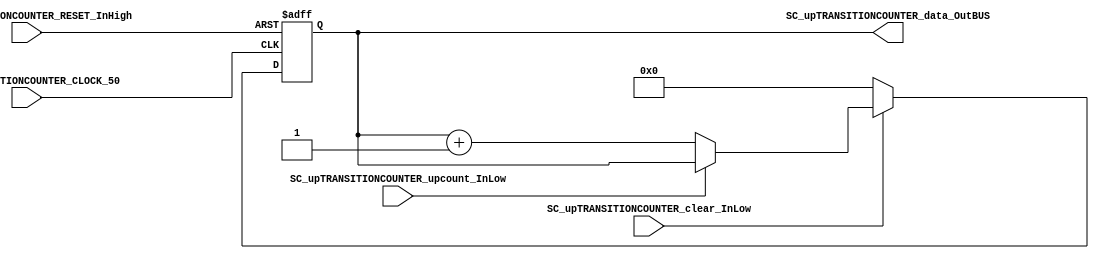
//#####################FALTA MODIFICAR##################################
/*######################################################################
//#	G0B1T: HDL EXAMPLES. 2018.
//######################################################################
//# Copyright (C) 2018. F.E.Segura-Quijano (FES) fsegura@uniandes.edu.co
//# 
//# This program is free software: you can redistribute it and/or modify
//# it under the terms of the GNU General Public License as published by
//# the Free Software Foundation, version 3 of the License.
//#
//# This program is distributed in the hope that it will be useful,
//# but WITHOUT ANY WARRANTY; without even the implied warranty of
//# MERCHANTABILITY or FITNESS FOR A PARTICULAR PURPOSE.  See the
//# GNU General Public License for more details.
//#
//# You should have received a copy of the GNU General Public License
//# along with this program.  If not, see <http://www.gnu.org/licenses/>
//####################################################################*/
//=======================================================
//  MODULE Definition
//=======================================================
module SC_upTRANSITIONCOUNTER #(parameter upTRANSITIONCOUNTER_DATAWIDTH=8)(
	//////////// OUTPUTS //////////
	SC_upTRANSITIONCOUNTER_data_OutBUS,
	//////////// INPUTS /////////
	SC_upTRANSITIONCOUNTER_CLOCK_50,
	SC_upTRANSITIONCOUNTER_RESET_InHigh,
	SC_upTRANSITIONCOUNTER_upcount_InLow,
	SC_upTRANSITIONCOUNTER_clear_InLow
);
//=======================================================
//  PARAMETER declarations
//=======================================================

//=======================================================
//  PORT declarations
//=======================================================
output		[3:0]	SC_upTRANSITIONCOUNTER_data_OutBUS;
input			SC_upTRANSITIONCOUNTER_CLOCK_50;
input			SC_upTRANSITIONCOUNTER_RESET_InHigh;
input			SC_upTRANSITIONCOUNTER_upcount_InLow;
input 		SC_upTRANSITIONCOUNTER_clear_InLow;

//=======================================================
//  REG/WIRE declarations
//=======================================================
reg [3:0] upTRANSITIONCOUNTER_Register;
reg [3:0] upTRANSITIONCOUNTER_Signal;
//=======================================================
//  Structural coding
//=======================================================
//INPUT LOGIC: COMBINATIONAL
always @(*)
begin
	if (SC_upTRANSITIONCOUNTER_clear_InLow == 1'b0)
		upTRANSITIONCOUNTER_Signal = 0;
	else if (SC_upTRANSITIONCOUNTER_upcount_InLow == 1'b0 )
		upTRANSITIONCOUNTER_Signal = upTRANSITIONCOUNTER_Register + 3'b001;
	else
		upTRANSITIONCOUNTER_Signal = upTRANSITIONCOUNTER_Register;
	end	
//STATE REGISTER: SEQUENTIAL
	always @(posedge SC_upTRANSITIONCOUNTER_CLOCK_50, posedge SC_upTRANSITIONCOUNTER_RESET_InHigh)
begin
	if (SC_upTRANSITIONCOUNTER_RESET_InHigh  == 1'b1)
		upTRANSITIONCOUNTER_Register <= 0;
	else
		upTRANSITIONCOUNTER_Register <= upTRANSITIONCOUNTER_Signal;
end
//=======================================================
//  Outputs
//=======================================================
//OUTPUT LOGIC: COMBINATIONAL
assign SC_upTRANSITIONCOUNTER_data_OutBUS = upTRANSITIONCOUNTER_Register;

endmodule